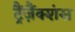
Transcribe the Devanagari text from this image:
ट्रैंज़ैंक्शंस